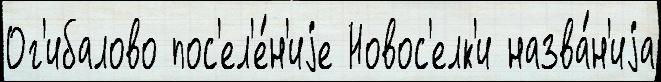
Ог'ибалово пос'ел'е́н'иjе Новос'елк'и назва́н'иjа